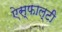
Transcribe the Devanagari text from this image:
ऐस्फाल्टी